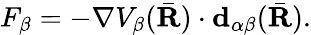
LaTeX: F_{\beta}=-\nabla V_{\beta}({\bar{\textbf{R}}})\cdot\textbf{d}_{\alpha\beta}(\bar{\textbf{R}}).